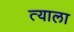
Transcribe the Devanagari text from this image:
त्‍याला